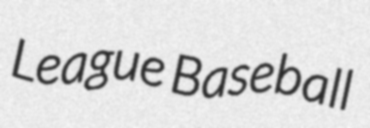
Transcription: League Baseball